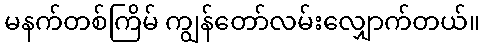
မနက်တစ်ကြိမ် ကျွန်တော်လမ်းလျှောက်တယ်။